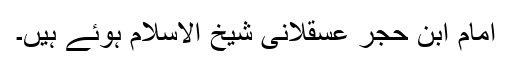
امام ابن حجر عسقلانی شیخ الاسلام ہوئے ہیں۔